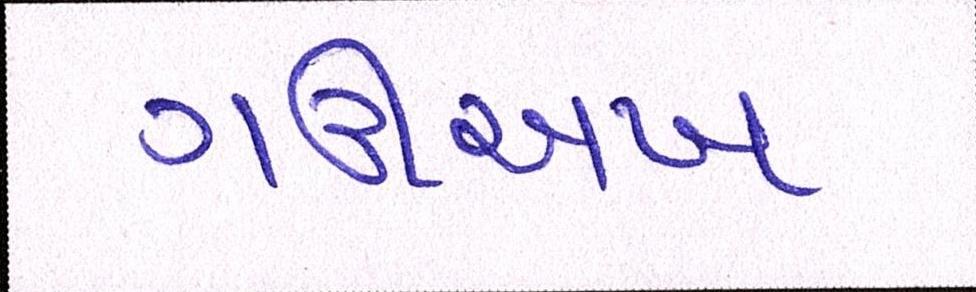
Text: ગઊઅખ